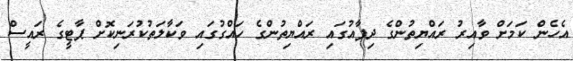
އެހެން ކަމަށް ވާއިރު ރައްޔިތުންގެ ދިފާއުގައި ރައްޔިތުންގެ ހައްގުގައި ވަކާލަތުކުރަނިކޮށް ޕާޓީގެ ރައީސް